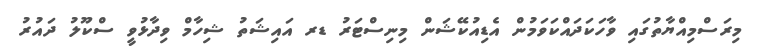
މިރަސްމިއްޔާތުގައި ވާހަކަދައްކަވަމުން އެޑިއުކޭޝަން މިނިސްޓަރު ޑރ އައިޝަތު ޝިހާމް ވިދާޅުވީ ސްކޫލު ދައުރު